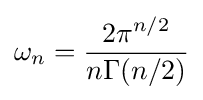
\omega _{n}={\frac {2\pi ^{n/2}}{n\Gamma (n/2)}}